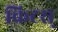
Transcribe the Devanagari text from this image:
किटस्